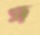
স